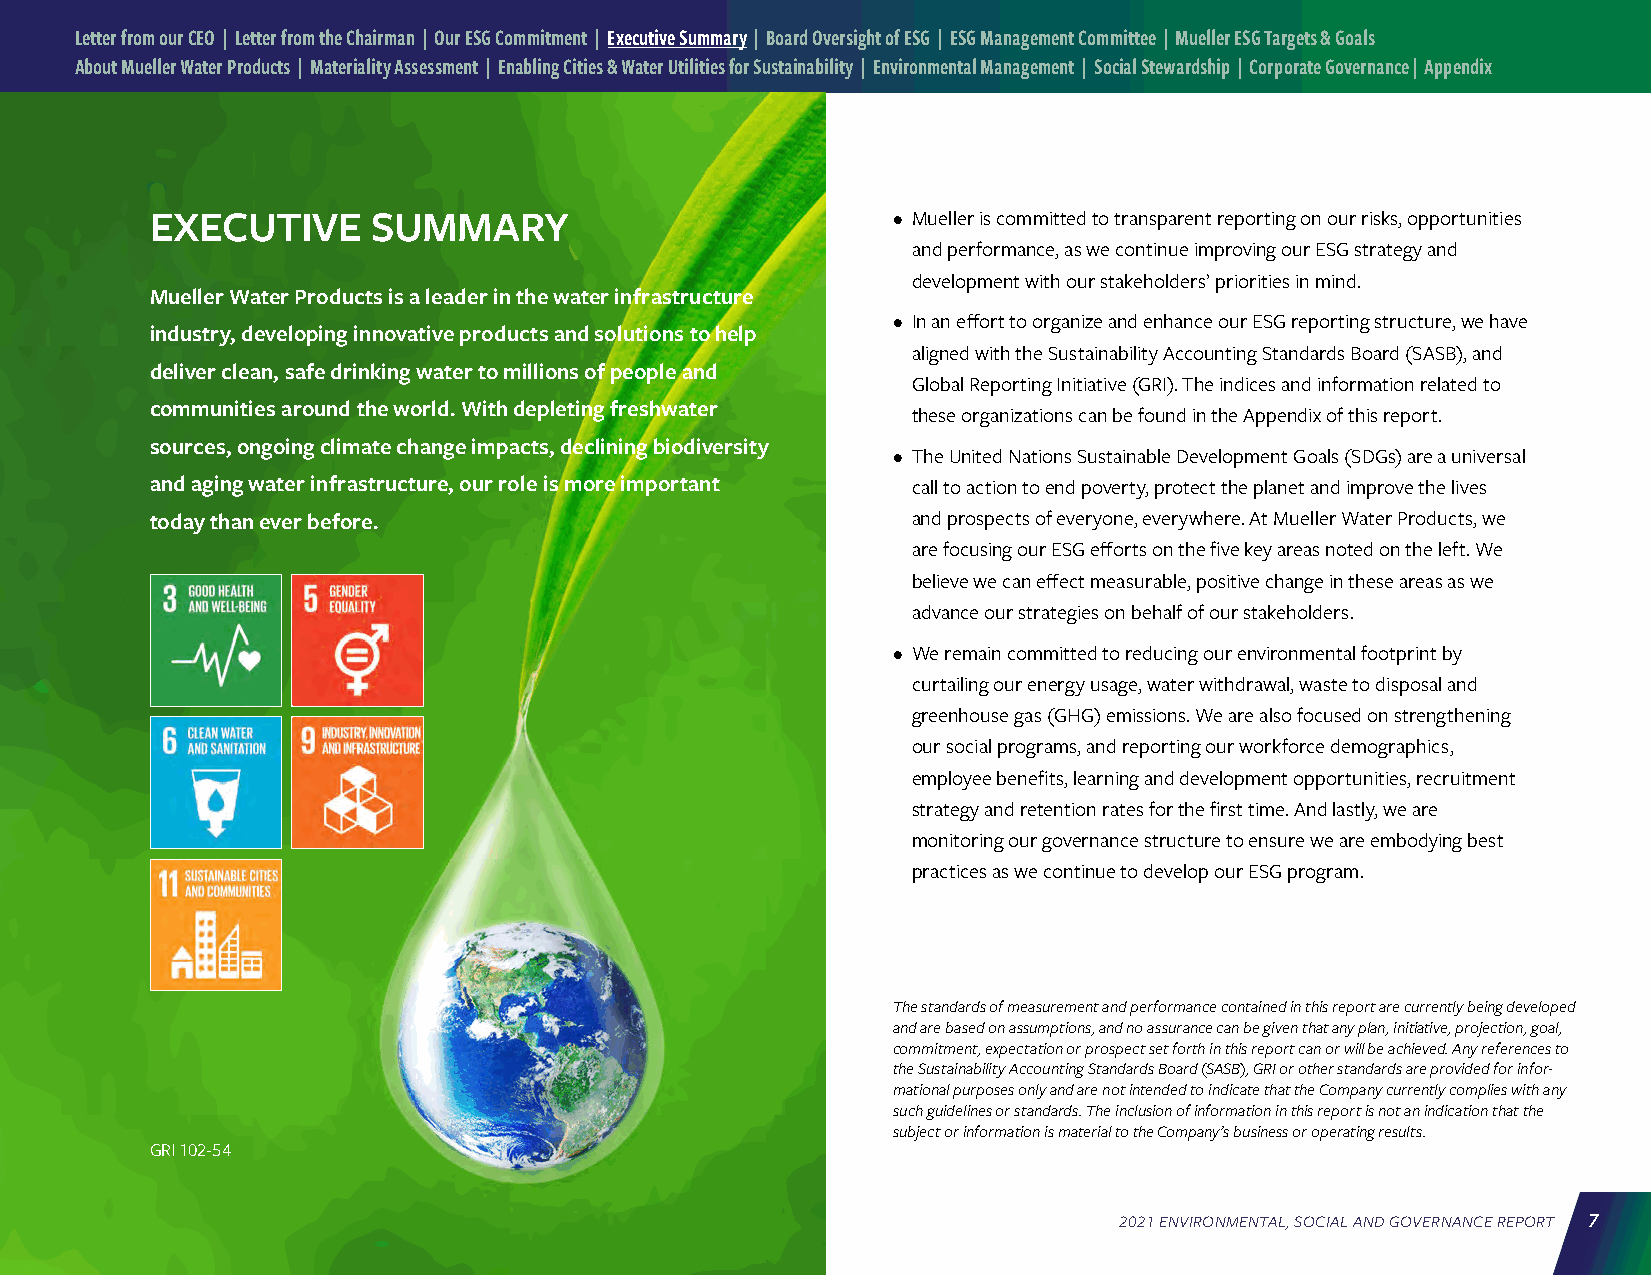
Letter from our CEO | Letter from the Chairman | Our ESG Commitment | Executive Summary | Board Oversight of ESG | ESG Management Committee | Mueller ESG Targets & Goals
 About Mueller Water Products | Materiality Assessment | Enabling Cities & Water Utilities for Sustainability | Environmental Management | Social Stewardship | Corporate Governance | Appendix
 EXECUTIVE      SUMMARY                           • Mueller is committed to transparent reporting on our risks, opportunities
 and performance, as we continue improving our ESG strategy and
 development with our stakeholders’ priorities in mind.
 Mueller Water Products is a leader in the water infrastructure
 • In an effort to organize and enhance our ESG reporting structure, we have
 industry, developing innovative products and solutions to help
 aligned with the Sustainability Accounting Standards Board (SASB), and
 deliver clean, safe drinking water to millions of people and
 Global Reporting Initiative (GRI). The indices and information related to
 communities around the world. With depleting freshwater
 these organizations can be found in the Appendix of this report.
 sources, ongoing climate change impacts, declining biodiversity
 • The United Nations Sustainable Development Goals (SDGs) are a universal
 and aging water infrastructure, our role is more important call to action to end poverty, protect the planet and improve the lives
 today than ever before.                           and prospects of everyone, everywhere. At Mueller Water Products, we
 are focusing our ESG efforts on the five key areas noted on the left. We
 believe we can effect measurable, positive change in these areas as we
 advance our strategies on behalf of our stakeholders.
 • We remain committed to reducing our environmental footprint by
 curtailing our energy usage, water withdrawal, waste to disposal and
 greenhouse gas (GHG) emissions. We are also focused on strengthening
 our social programs, and reporting our workforce demographics,
 employee benefits, learning and development opportunities, recruitment
 strategy and retention rates for the first time. And lastly, we are
 monitoring our governance structure to ensure we are embodying best
 practices as we continue to develop our ESG program.
 The standards of measurement and performance contained in this report are currently being developed
 and are based on assumptions, and no assurance can be given that any plan, initiative, projection, goal,
 commitment, expectation or prospect set forth in this report can or will be achieved. Any references to
 the Sustainability Accounting Standards Board (SASB), GRI or other standards are provided for infor-
 mational purposes only and are not intended to indicate that the Company currently complies with any
 such guidelines or standards. The inclusion of information in this report is not an indication that the
 subject or information is material to the Company’s business or operating results.
 GRI 102-54
 2021 ENVIRONMENTAL, SOCIAL AND GOVERNANCE REPORT 7